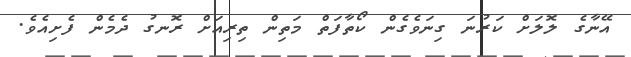
އޭނާގެ ލޮލަށް ކަރުނަ ގިނަވެގެން ކޯތާފަތް މަތިން ތިރިއަށް ރޮނގު ދެމެން ފެށިއެވެ.